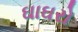
ઘાઘરો